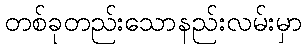
တစ်ခုတည်းသောနည်းလမ်းမှာ